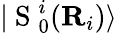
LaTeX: |\mathrm{~S~}_{0}^{i}({\mathbf{R}}_{i})\rangle